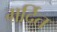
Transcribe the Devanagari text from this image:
मर्दित